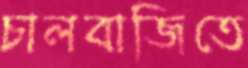
চালবাজিতে